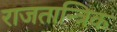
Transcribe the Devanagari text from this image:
राजतान्त्रिक